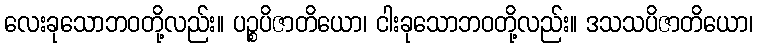
လေးခုသောဘဝတို့လည်း။ ပဉ္စပိဇာတိယော၊ ငါးခုသောဘဝတို့လည်း။ ဒသသပိဇာတိယော၊